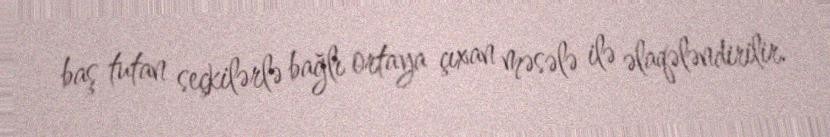
baş tutan seçkilərlə bağlı ortaya çıxan məsələ ilə əlaqələndirilir.